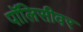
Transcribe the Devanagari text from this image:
पॉलिसीवर